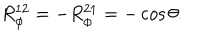
R _ { \phi } ^ { 1 2 } = - R _ { \phi } ^ { 2 1 } = - \cos \theta .